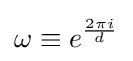
\omega \equiv e^{\frac {2\pi i}{d}}